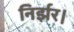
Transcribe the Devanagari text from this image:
निर्झर।